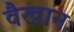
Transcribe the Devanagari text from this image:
वैखानः